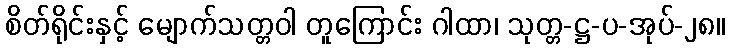
စိတ်ရိုင်းနှင့် မျောက်သတ္တဝါ တူကြောင်း ဂါထာ၊ သုတ္တ-ဋ္ဌ-ပ-အုပ်-၂၈။